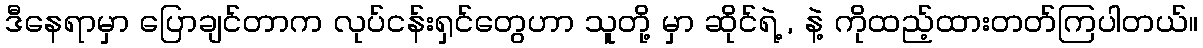
ဒီနေရာမှာ ပြောချင်တာက လုပ်ငန်းရှင်တွေဟာ သူတို့ မှာ ဆိုင်ရဲ့ , နဲ့ ကိုထည့်ထားတတ်ကြပါတယ်။